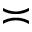
\asymp